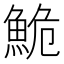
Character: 鮠